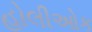
હોલીઓક